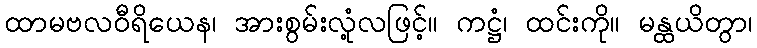
ထာမဗလဝီရိယေန၊ အားစွမ်းလုံ့လဖြင့်။ ကဋ္ဌံ၊ ထင်းကို။ မန္ထယိတွာ၊